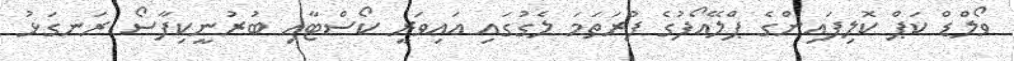
ވޯލްޑް ކަޕް ކޮލިފައިންގެ ޕްލޭއޯފުގެ ފުރަތަމަ ލެގުގައި އައިވަރީ ކޯސްޓާއި ބުރުނީކިފާސޯ ރަނގަޅު